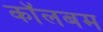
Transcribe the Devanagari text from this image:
कॉलबम